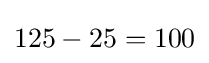
125-25=100